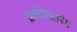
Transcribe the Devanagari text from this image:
प्रकोशतरंग